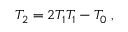
\begin{array} { r } { T _ { 2 } = 2 T _ { 1 } T _ { 1 } - T _ { 0 } \; , } \end{array}